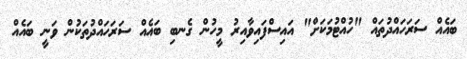
ބައެއް ސަރަހައްދުތައް "ހުއްޓުމަކަށް" އައިސްފައިވާއިރު މީހުން ގެނބި ބައެއް ސަރަހައްދުތަކުން ވަނީ ބައެއް